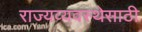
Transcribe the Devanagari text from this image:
राज्यव्यवस्थेसाठी